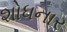
શોધનાર